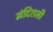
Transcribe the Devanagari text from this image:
मंदिरासी